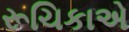
રૂચિકાએ